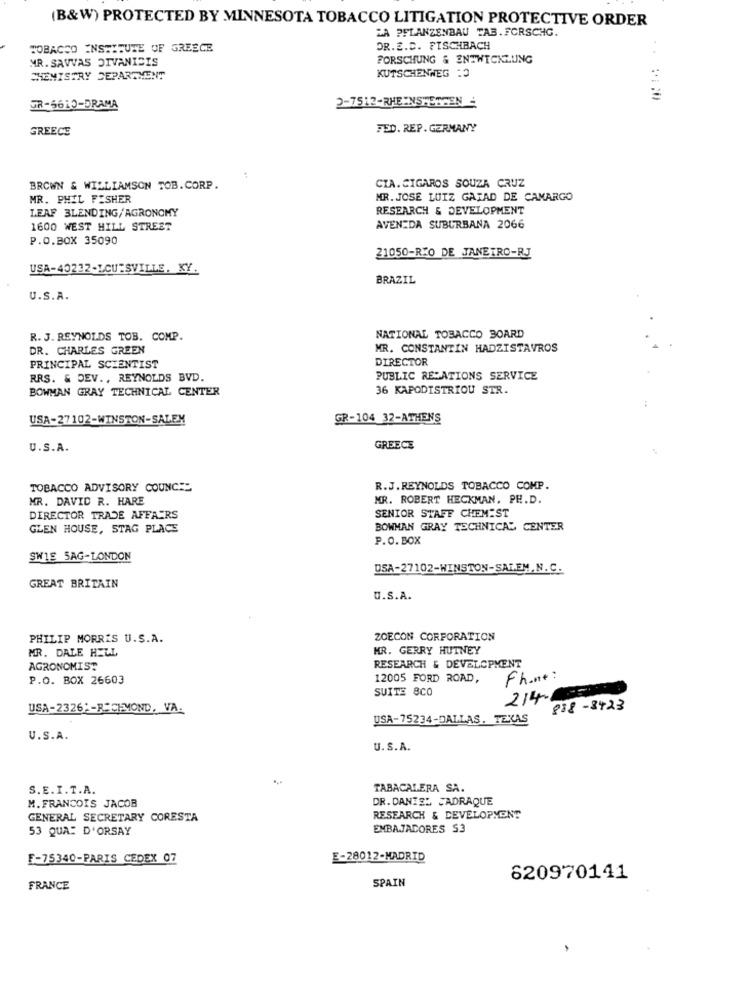
(B&W) PROTECTED BY MINNESOTA TOBACCO LITIGATION PROTECTIVE ORDER
LA PFLANZENBAU TAB.FORSCHG.
TOBACCO INSTITUTE OF GREECE
DR.E.C. FISCHBACH
MR. SAVVAS DIVANICIS
FORSCHUNG & ENTWICKLUNG
CHEMISTRY DEPARTMENT
KUTSCHENWEG 13
SR-5610-DRAMA
GREECE
FED. REP. GERMANY
BROWN & WILLIAMSON TOB. CORP.
CIA. CIGAROS SOUZA CRUZ
MR. PHIL FISHER
MR. JOSE LUIZ GATAD DE CAMARGO
LEAF BLENDING/AGRONOMY
RESEARCH & DEVELOPMENT
1600 WEST HILL STREET
AVENIDA SUBURBANA 2066
P.O.BOX 35090
21050-RIO DE JANEIRO-RJ
USA-40232-LCUTSVILLE, KY.
BRAZIL
U.S.A.
R. J. REYNOLDS TOB. COMP.
NATIONAL TOBACCO BOARD
DR. CHARLES GREEN
MR. CONSTANTIN HADZISTAVROS
DIRECTOR
PRINCIPAL SCIENTIST
RRS. & DEV .. REYNOLDS BVD.
PUBLIC RELATIONS SERVICE
BOWMAN GRAY TECHNICAL CENTER
36 KAPODISTRIOU STR.
USA-27102-WINSTON-SALEM
GR-104 32-ATHENS
U.S.A.
GREECE
TOBACCO ADVISORY COUNCIL
R.J. REYNOLDS TOBACCO COMP.
MR. DAVID R. HARE
MR. ROBERT HECKMAN, PH.D.
SENIOR STAFF CHEMIST
DIRECTOR TRADE AFFAIRS
GLEN HOUSE, STAG PLACE
BOWMAN GRAY TECHNICAL CENTER
P.O.BOX
SW18 5AG-LONDON
USA-27102-WINSTON-SALEM,N.C.
GREAT BRITAIN
U.S.A.
PHILIP MORRIS U.S.A.
ZOECON CORPORATION
MR. DALE HELL
MR. GERRY HUTNEY
RESEARCH & DEVELOPMENT
AGRONOMIST
P.O. BOX 26603
12005 FORD ROAD,
Phone:
SUITE 8CO
214
USA-2326 :- RICHMOND, VA.
888-8423
USA-75234-DALLAS, TEXAS
U.S.A.
U.S.A.
S.E.I.T.A.
TABACALERA SA.
M. FRANCOIS JACOB
DR. DANIEL JADRAQUE
GENERAL SECRETARY CORESTA
RESEARCH & DEVELOPMENT
53 QUA: D'ORSAY
EMBAJADORES S3
F-75340-PARIS CEDEX 07
E-28012-MADRID
SPAIN
620970141
FRANCE